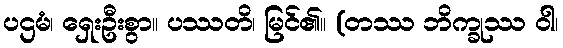
ပဌမံ၊ ရှေးဦးစွာ။ ပဿတိ၊ မြင်၏။ (တဿ ဘိက္ခုဿ ဝါ၊